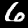
Label: 6